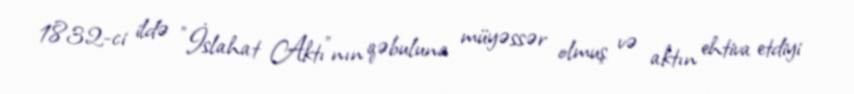
1832-ci ildə "İslahat Aktı"nın qəbuluna müyəssər olmuş və aktın ehtiva etdiyi